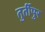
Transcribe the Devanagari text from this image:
तुर्तीपुर